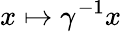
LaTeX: x\mapsto\gamma^{-1}x